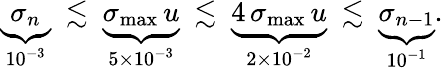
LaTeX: \begin{array}{r}{\underbrace{\sigma_{n}}_{10^{-3}}\ \lesssim\ \underbrace{\sigma_{\operatorname*{max}}\, u}_{5\times 10^{-3}}\ \lesssim\ \underbrace{4\, \sigma_{\operatorname*{max}}\, u}_{2\times 10^{-2}}\ \lesssim\ \underbrace{\sigma_{n-1}}_{10^{-1}}.}\end{array}